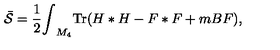
{ \bar { \cal { S } } } = { \frac { 1 } { 2 } } { \int } _ { M _ { 4 } } \mathrm { T r } ( H * H - F * F + m B F ) ,